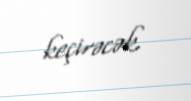
keçirəcək.